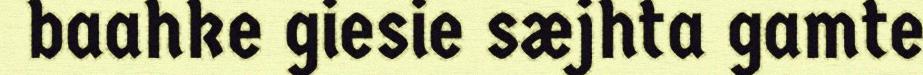
baahke giesie sæjhta gamte